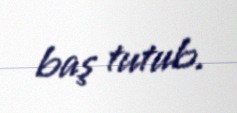
baş tutub.